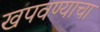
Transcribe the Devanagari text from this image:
खपवण्याचा